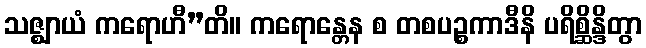
သဇ္ဈာယံ ကရောဟီ”တိ။ ကရောန္တေန စ တစပဉ္စကာဒီနိ ပရိစ္ဆိန္ဒိတွာ